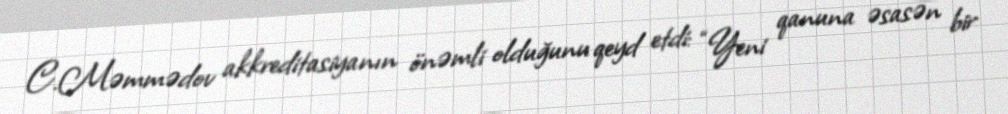
C.Məmmədov akkreditasiyanın önəmli olduğunu qeyd etdi: “Yeni qanuna əsasən bir